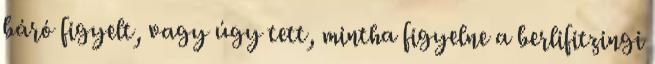
báró figyelt, vagy úgy tett, mintha figyelne a berlifitzingi